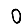
Digit: 0